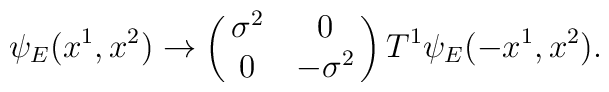
\psi_E (x^1,x^2)\rightarrow\left(\matrix{\sigma^2&0\cr0&-\sigma^2}\right)T^1\psi_E(-x^1,x^2).